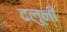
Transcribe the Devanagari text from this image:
दलुनी